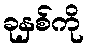
ခုနှစ်ကို